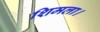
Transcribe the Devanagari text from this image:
शिमला।